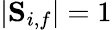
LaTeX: |{\mathbf S}_{i,f}|=1